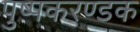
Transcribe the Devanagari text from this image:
पुष्पकरण्डक